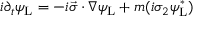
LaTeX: i \partial _ { t } \psi _ { \mathrm { { L } } } = - i { \vec { \sigma } } \cdot \nabla \psi _ { \mathrm { { L } } } + m ( i \sigma _ { 2 } \psi _ { \mathrm { { L } } } ^ { * } )